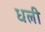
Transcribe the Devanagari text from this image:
धली